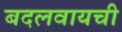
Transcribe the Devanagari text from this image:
बदलवायची